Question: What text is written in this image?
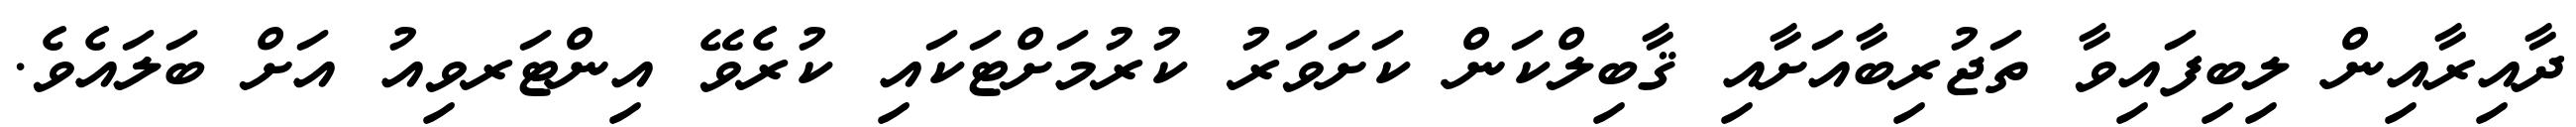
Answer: ދާއިރާއިން ލިބިފައިވާ ތަޖުރިބާއަށާއި ޤާބިލްކަން ކަށަވަރު ކުރުމަށްޓަކައި ކުރެވޭ އިންޓަރވިއު އަށް ބަލައެވެ.